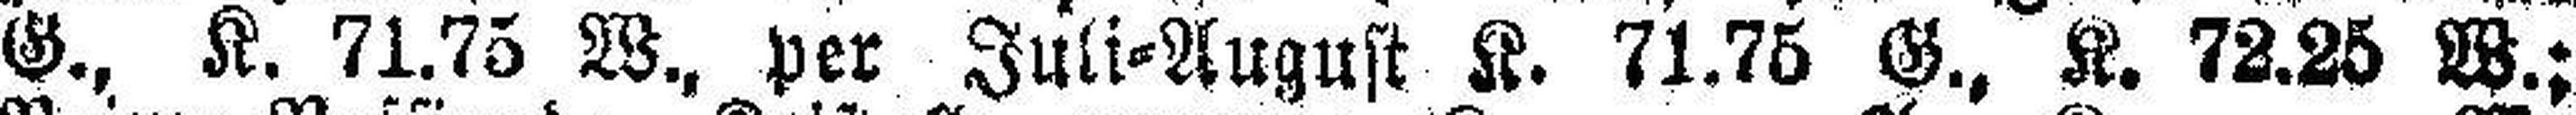
G., K. 71.75 W., per Juli=August K. 71.75 G., K. 72.25 W.;